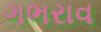
ગભરાવ